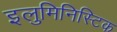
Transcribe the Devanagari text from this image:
इलुमिनिस्टिक